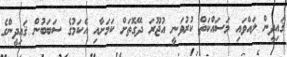
ޤައިދީން ލައްވައި މަސައްކަތް ކުރުވަނީ އުޖޫރަ ދޭގޮތަށް ކަމަށާއި އެކަމުގެ ސަބަބުން ޤައިދީންގެ